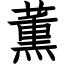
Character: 薫